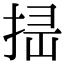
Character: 𢭈